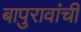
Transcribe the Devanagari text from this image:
बापुरावांची